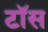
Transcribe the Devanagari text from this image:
टाॅस